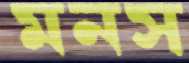
মনস